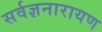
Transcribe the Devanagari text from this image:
सर्वज्ञनारायण